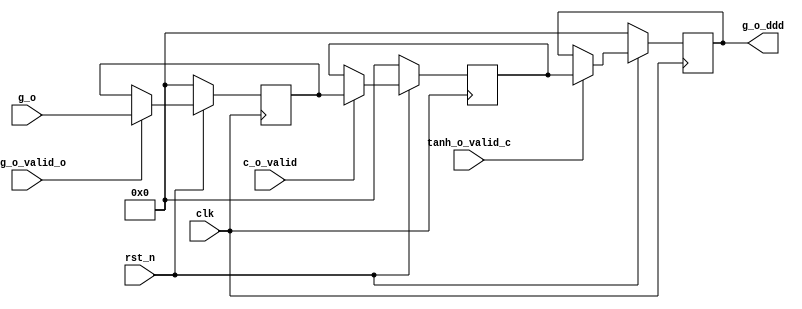
module  g_o_buffer #(
   parameter DW=16
)(
    input              clk,
    input              rst_n,
    input              sig_o_valid_o ,
    input              c_o_valid     ,
    input              tanh_o_valid_c,
    input [DW-1:0]     g_o,
    output reg[DW-1:0] g_o_ddd
);                                    

reg [DW-1:0] g_o_d;
reg [DW-1:0] g_o_dd;

    always @( posedge clk )
      if( !rst_n )
        g_o_d<='h0;
      else if(sig_o_valid_o)
	g_o_d<=g_o;

    always @( posedge clk )
      if( !rst_n )
	g_o_dd<='h0;
      else if( c_o_valid )
	g_o_dd<=g_o_d;

    always @( posedge clk )
      if( !rst_n )
        g_o_ddd<='h0;
      else if( tanh_o_valid_c )
	g_o_ddd<=g_o_dd;

endmodule